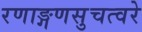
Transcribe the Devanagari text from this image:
रणाङ्गणसुचत्वरे